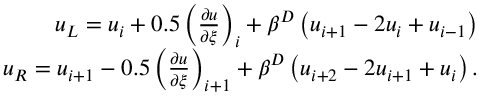
\begin{array} { r } { u _ { L } = u _ { i } + 0 . 5 \left( \frac { \partial u } { \partial \xi } \right) _ { i } + \beta ^ { D } \left( u _ { i + 1 } - 2 u _ { i } + u _ { i - 1 } \right) } \\ { \quad u _ { R } = u _ { i + 1 } - 0 . 5 \left( \frac { \partial u } { \partial \xi } \right) _ { i + 1 } + \beta ^ { D } \left( u _ { i + 2 } - 2 u _ { i + 1 } + u _ { i } \right) . } \end{array}